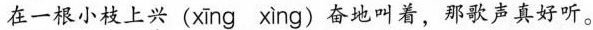
在一根小枝上兴(xīng xìng)奋地叫着，那歌声真好听。